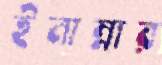
ইনান্নার